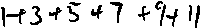
1 + 3 + 5 + 7 + 9 + 1 1